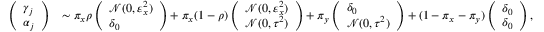
\begin{array} { r l } { \left( \begin{array} { l } { \gamma _ { j } } \\ { \alpha _ { j } } \end{array} \right) } & { \sim \pi _ { x } \rho \left( \begin{array} { l } { \mathcal { N } ( 0 , \varepsilon _ { x } ^ { 2 } ) } \\ { \delta _ { 0 } } \end{array} \right) + \pi _ { x } ( 1 - \rho ) \left( \begin{array} { l } { \mathcal { N } ( 0 , \varepsilon _ { x } ^ { 2 } ) } \\ { \mathcal { N } ( 0 , \tau ^ { 2 } ) } \end{array} \right) + \pi _ { y } \left( \begin{array} { l } { \delta _ { 0 } } \\ { \mathcal { N } ( 0 , \tau ^ { 2 } ) } \end{array} \right) + ( 1 - \pi _ { x } - \pi _ { y } ) \left( \begin{array} { l } { \delta _ { 0 } } \\ { \delta _ { 0 } } \end{array} \right) , } \end{array}